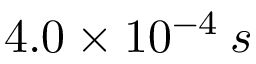
4 . 0 \times 1 0 ^ { - 4 } \: s